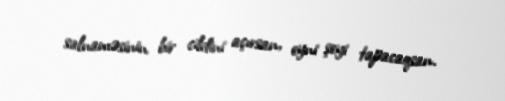
salnaməsinin bir cildini açırsan, eyni şeyi tapacaqsan.